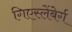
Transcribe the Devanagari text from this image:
गिएस्लेंबेर्ग